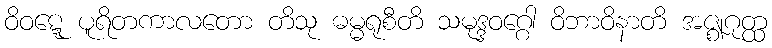
ဝိဝဋ္ဋေ ပူရိတကာလတော တိသု ဓမ္မရုစီတိ သမုဒ္ဒဝဂ္ဂေါ ဝိဘာဝိနာတိ အဇ္ဈဂုတ္ထ